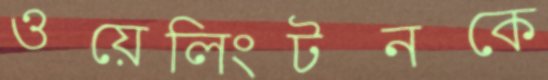
ওয়েলিংটনকে